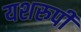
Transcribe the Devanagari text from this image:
यशरुपी